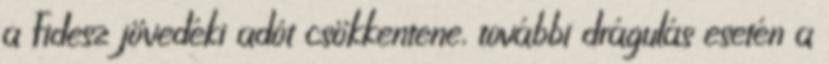
a Fidesz jövedéki adót csökkentene, további drágulás esetén a